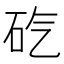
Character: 𥐬